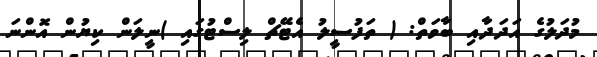
މުދަލުގެ އަދަދާއި ބާވަތް: ( ތަފުސީލު އެޓޭޗް ލިސްޓުގައި )ނީލަން ކިޔުން އޮންނަ